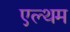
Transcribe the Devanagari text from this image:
एल्थम